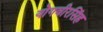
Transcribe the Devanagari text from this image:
योगवीरसिंह